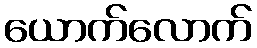
ယောက်လောက်